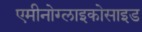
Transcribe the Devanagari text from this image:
एमीनोग्लाइकोसाइड